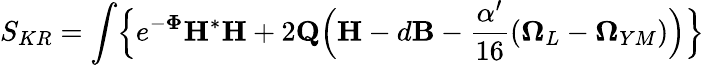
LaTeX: S_{KR}=\int\Bigl\{ e^{-{\mathbf\Phi}}{\mathbf H}{^{*}{\mathbf H}}+2{\mathbf Q}\Bigl({\mathbf H}-d{\mathbf B}-\frac{\alpha^{\prime}}{16}({\mathbf\Omega}_{L}-{\mathbf\Omega}_{YM})\Bigr)\Bigr\}